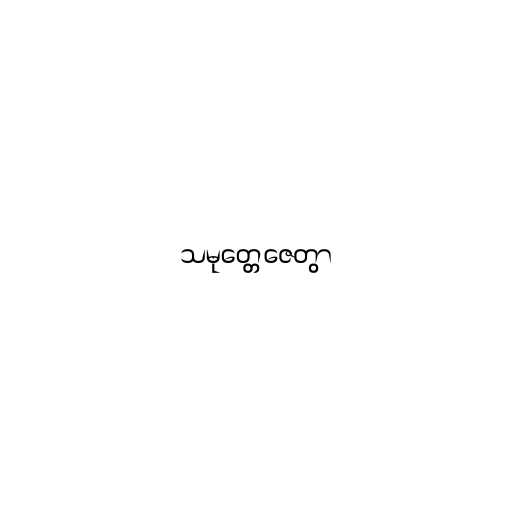
သမုတ္တေဇေတွာ